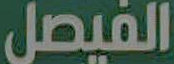
الفيصل